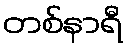
တစ်နာရီ